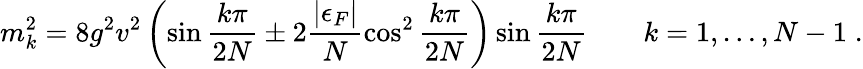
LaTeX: m_{k}^{2}=8g^{2}v^{2}\left(\sin\frac{k\pi}{2N}\pm 2\frac{|\epsilon_{F}|}{N}\cos^{2}\frac{k\pi}{2N}\right)\sin\frac{k\pi}{2N}\qquad k=1,\ldots,N-1\; .